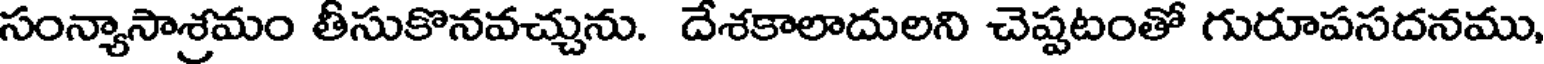
సంన్యాసాశ్రమం తీసుకొనవచ్చును. దేశకాలాదులని చెప్పటంతో గురూపసదనము,